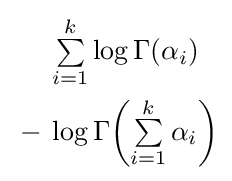
{\begin{aligned}&\textstyle \sum \limits _{i=1}^{k}\log \Gamma (\alpha _{i})\\{}-{}&\textstyle \log \Gamma {\left(\sum \limits _{i=1}^{k}\alpha _{i}\right)}\end{aligned}}